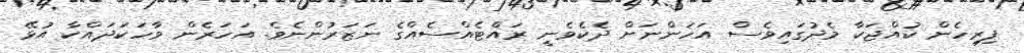
ފިރިހެން ކުއްޖަކާ މެދުގައިވެސް އަހަންނަށް ދެކެވެނީ ރައްޓެއްސެއްގެ ނަޒަރުންނެވެ. އަހަރެން ވާހަކަދައްކާ އުޅޭ